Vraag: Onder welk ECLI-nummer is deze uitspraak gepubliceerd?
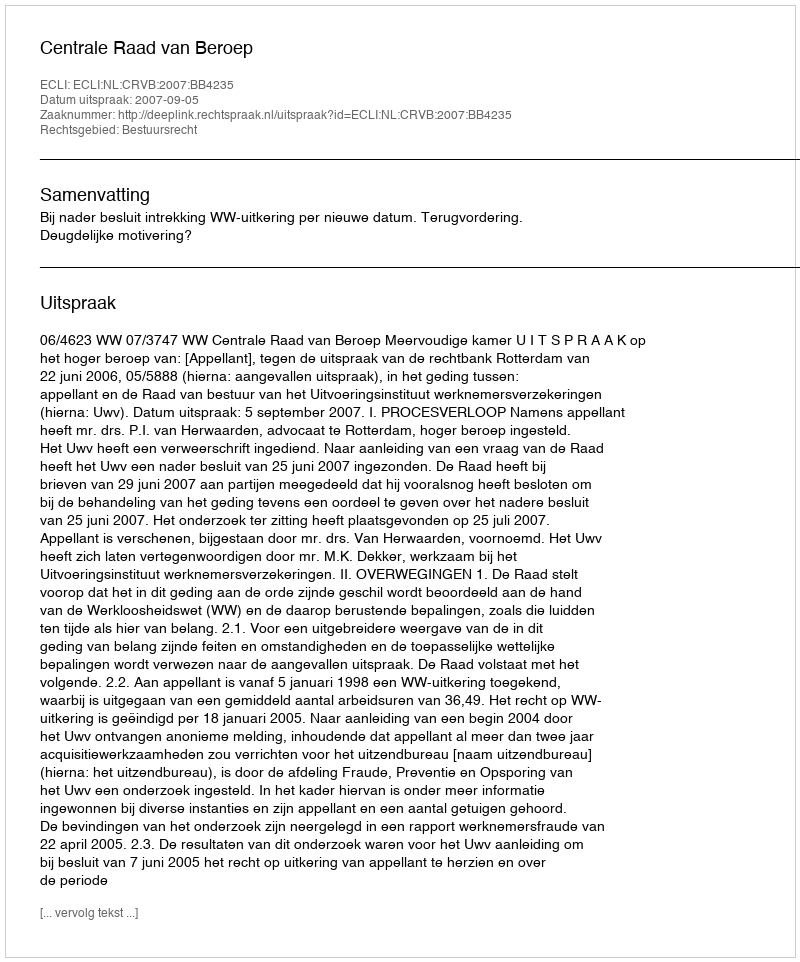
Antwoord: ECLI:NL:CRVB:2007:BB4235